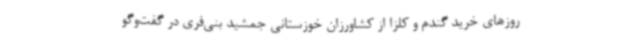
روزهای خرید گندم و کلزا از کشاورزان خوزستانی جمشید بنی‌فری در گفت‌وگو